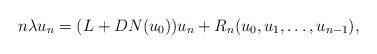
LaTeX: \begin{align*} n \lambda u_n = (L + DN (u_0) )u_n + R_n(u_0,u_1, \ldots, u_{n-1}),\end{align*}